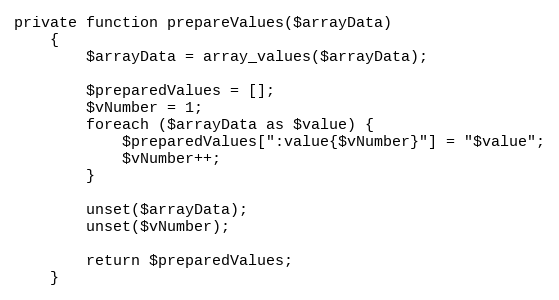
Language: PHP
private function prepareValues($arrayData)
    {
        $arrayData = array_values($arrayData);

        $preparedValues = [];
        $vNumber = 1;
        foreach ($arrayData as $value) {
            $preparedValues[":value{$vNumber}"] = "$value";
            $vNumber++;
        }

        unset($arrayData);
        unset($vNumber);

        return $preparedValues;
    }